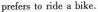
prefers te ride a bike.